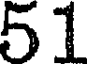
51